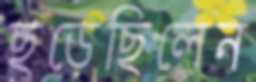
ছড়েছিলেন